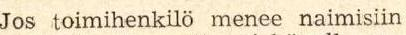
Jos toimihenkilö menee naimisiin